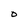
Character: O